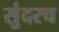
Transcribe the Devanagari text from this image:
सुंदरच